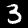
Label: 3